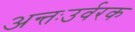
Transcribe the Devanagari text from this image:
अन्तःउर्वरक